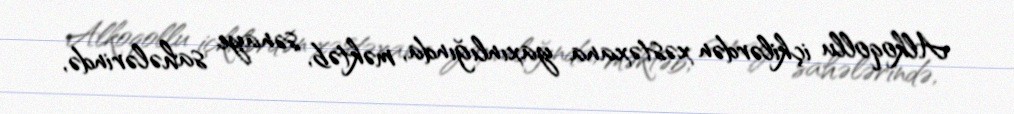
Alkoqollu içkilərdən xəstəxana yaxınlığında, məktəb, sənaye sahələrində,